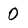
Character: 0